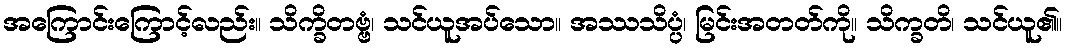
အကြောင်းကြောင့်လည်း။ သိက္ခိတဗ္ဗံ၊ သင်ယူအပ်သော။ အဿသိပ္ပံ၊ မြင်းအတတ်ကို။ သိက္ခတိ၊ သင်ယူ၏။